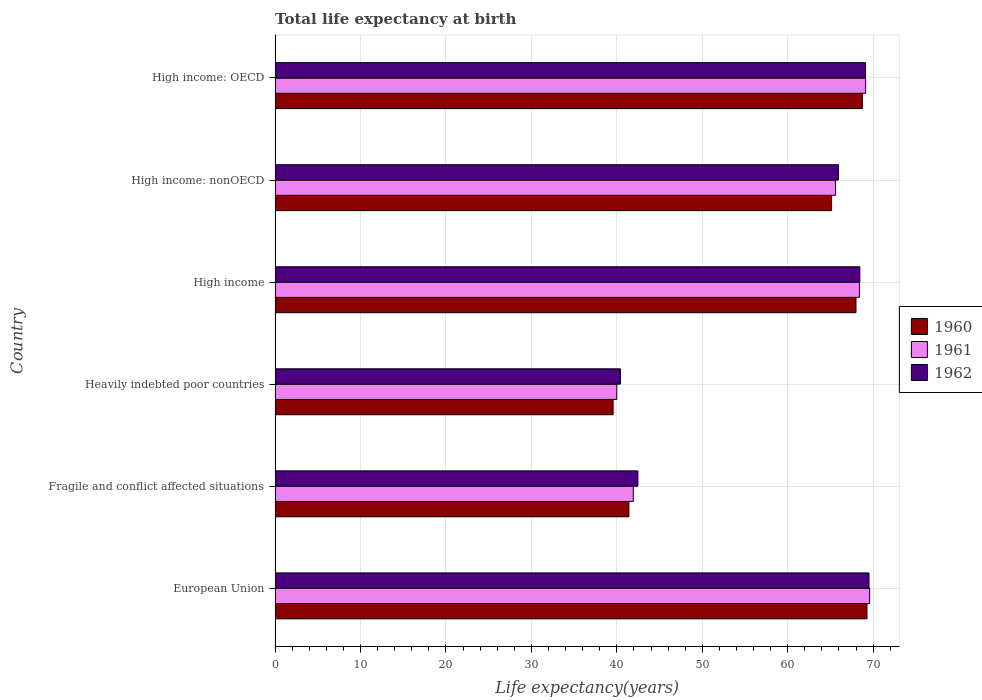
| Country | 1960 | 1961 | 1962 |
 | --- | --- | --- | --- |
 | European Union | 69.3 | 69.6 | 69.5 |
 | Fragile and conflict affected situations | 41.4 | 41.9 | 42.5 |
 | Heavily indebted poor countries | 39.6 | 40 | 40.4 |
 | High income | 68 | 68.4 | 68.4 |
 | High income: nonOECD | 65.1 | 65.6 | 65.9 |
 | High income: OECD | 68.7 | 69.1 | 69.1 |